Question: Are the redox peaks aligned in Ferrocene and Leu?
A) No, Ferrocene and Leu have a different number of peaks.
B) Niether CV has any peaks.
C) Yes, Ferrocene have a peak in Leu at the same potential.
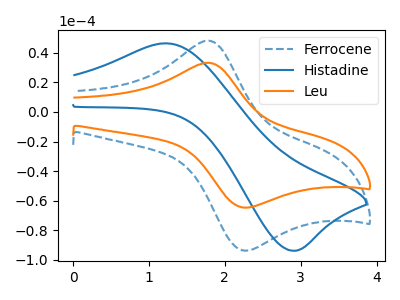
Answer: <think>The blue dashed curve "Ferrocene" has an anodic peak at (1.75V, 48.20uA) and a cathodic peak at (2.20V, -93.55uA). The blue curve "Histadine" has an anodic peak at (1.25V, 46.40uA) and a cathodic peak at (2.90V, -93.80uA). The orange curve "Leu" has an anodic peak at (1.75V, 33.25uA) and a cathodic peak at (2.20V, -64.55uA).</think>
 <answer>C) Yes, "Ferrocene" have a peak in "Leu" at the same potential.</answer>
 <eval>C</eval>